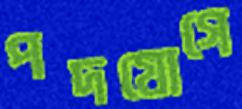
পদযোগে